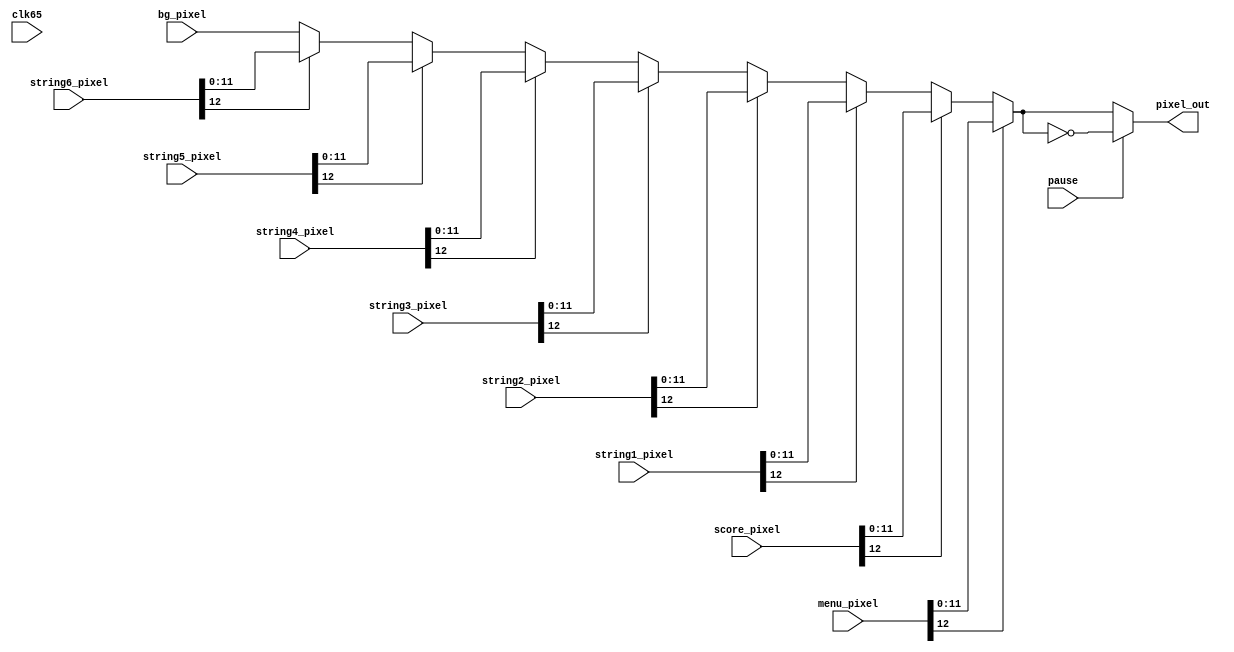
module AV_integrator(
    input clk65,
    input pause,
    input [12:0] menu_pixel,
    input [12:0] score_pixel,
    input [12:0] string1_pixel, //MSB is whether or not to use the pixel
    input [12:0] string2_pixel,
    input [12:0] string3_pixel,
    input [12:0] string4_pixel,
    input [12:0] string5_pixel,
    input [12:0] string6_pixel,
    
    input [11:0] bg_pixel,
    
    output [11:0] pixel_out
    
    );
    wire [11:0] pixel;
    assign pixel = menu_pixel[12] ? menu_pixel[11:0] :
                    score_pixel[12] ? score_pixel[11:0] :
                    string1_pixel[12] ? string1_pixel[11:0] :
                    string2_pixel[12] ? string2_pixel[11:0] :
                    string3_pixel[12] ? string3_pixel[11:0] :
                    string4_pixel[12] ? string4_pixel[11:0] :
                    string5_pixel[12] ? string5_pixel[11:0] :
                    string6_pixel[12] ? string6_pixel[11:0] :
                    bg_pixel[11:0];
    assign pixel_out = pause ? ~pixel : pixel;
    
    /*
    
    always @(posedge clk65) begin //maybe make this assign and wires instead?
    
        if( menu_pixel[12] == 1'b1 ) begin
                pixel <= menu_pixel[11:0];
        end
        else if( score_pixel[12] == 1'b1 ) begin
            pixel <= score_pixel[11:0];
        end
        else if( string1_pixel[12] == 1'b1 ) begin
            pixel <= string1_pixel[11:0];
        end
        else if( string2_pixel[12] == 1'b1 ) begin
            pixel <= string2_pixel[11:0];
        end
        else if( string3_pixel[12] == 1'b1 ) begin
            pixel <= string3_pixel[11:0];
        end
        else if( string4_pixel[12] == 1'b1 ) begin
            pixel <= string4_pixel[11:0];
        end
        else if( string5_pixel[12] == 1'b1 ) begin
            pixel <= string5_pixel[11:0];
        end
        else if( string6_pixel[12] == 1'b1 ) begin
            pixel <= string6_pixel[11:0];
        end
        else pixel <= bg_pixel[11:0];
    
    end
    */


endmodule